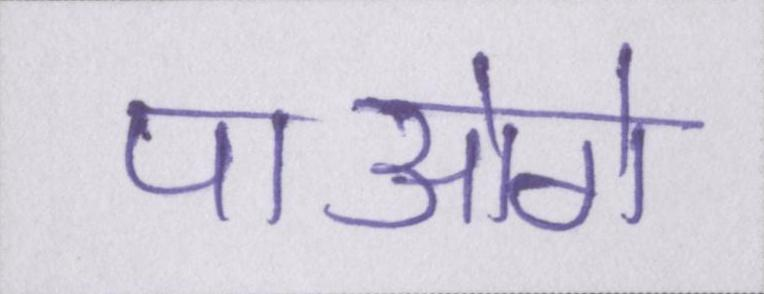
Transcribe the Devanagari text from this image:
पाओगे